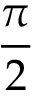
\frac { \pi } { 2 }